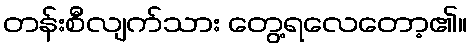
တန်းစီလျက်သား တွေ့ရလေတော့၏။